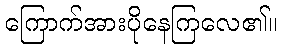
ကြောက်အားပိုနေကြလေ၏။